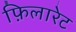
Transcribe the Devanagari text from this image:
फ़िलारेट